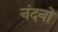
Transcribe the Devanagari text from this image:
नंदनो